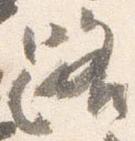
路